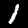
Digit: 1